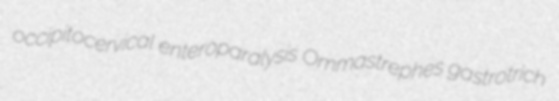
occipitocervical enteroparalysis Ommastrephes gastrotrich